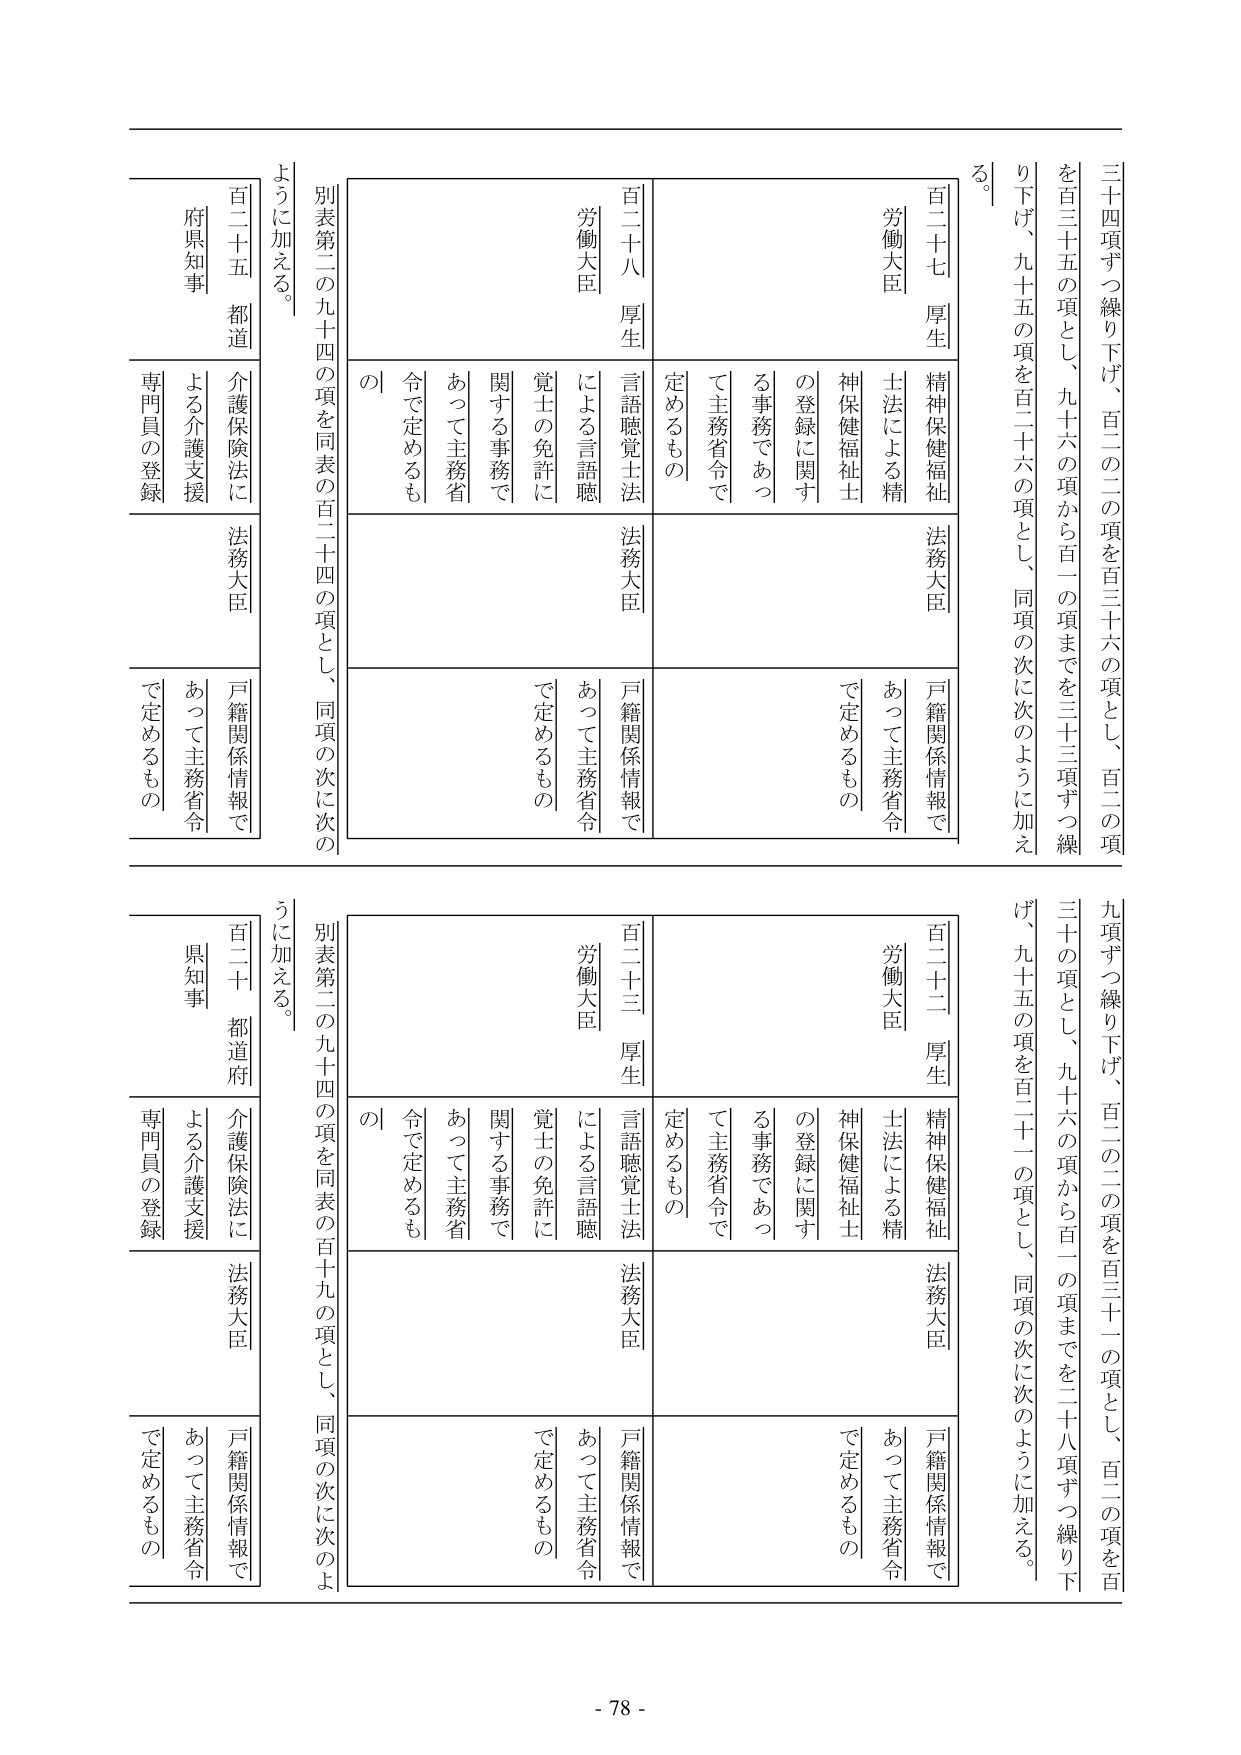
三十四項ずつ繰り下げ、百二の二の項を百三十六の項とし、百二の項を百三十五の項とし、九十六の項から百一の項までを三十三項ずつ繰り下げ、九十五の項を百二十六の項とし、同項の次に次のように加える。

百二十七 厚生
労働大臣
精神保健福祉
士法による精神保健福祉士
の登録に関する事務であつて主務省令で定めるもの
法務大臣
戸籍関係情報であつて主務省令で定めるもの

別表第二の九十四の項を同表の百二十四の項とし、同項の次に次のよう に加える。

百二十八 厚生
労働大臣
言語聴覚士法による言語聴覚士の免許に関する事務であつて主務省令で定めるもの
法務大臣
戸籍関係情報であつて主務省令で定めるもの

百二十五 都道
府県知事
介護保険法による介護支援専門員の登録
法務大臣
戸籍関係情報であつて主務省令で定めるもの

九項ずつ繰り下げ、百二の二の項を百三十一の項とし、百二の項を百三十の項とし、九十六の項から百一の項までを二十八項ずつ繰り下げ、九十五の項を百二十一の項とし、同項の次に次のように加える。

百二十二 厚生
労働大臣
精神保健福祉
士法による精神保健福祉士
の登録に関する事務であつて主務省令で定めるもの
法務大臣
戸籍関係情報であつて主務省令で定めるもの

別表第二の九十四の項を同表の百十九の項とし、同項の次に次のよう に加える。

百二十三 厚生
労働大臣
言語聴覚士法による言語聴覚士の免許に関する事務であつて主務省令で定めるもの
法務大臣
戸籍関係情報であつて主務省令で定めるもの

百二十 都道府
県知事
介護保険法による介護支援専門員の登録
法務大臣
戸籍関係情報であつて主務省令で定めるもの

- 78 -